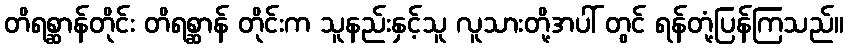
တိရစ္ဆာန်တိုင်း တိရစ္ဆာန် တိုင်းက သူနည်းနှင့်သူ လူသားတို့အပါ် တွင် ရန်တုံ့ပြန်ကြသည်။